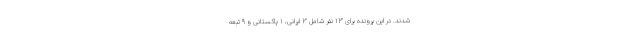
شدند. در این پرونده برای ۱۳ نفر شامل ۳ ایرانی، ۱ پاکستانی و ۹ تبعه